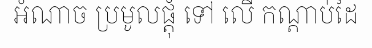
អំណាច ប្រមូលផ្តុំ ទៅ លើ កណ្តាប់ដៃ